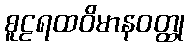
စူဠရထဝိမာနဝတ္ထု